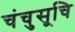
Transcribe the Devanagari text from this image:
चंचुसूचि